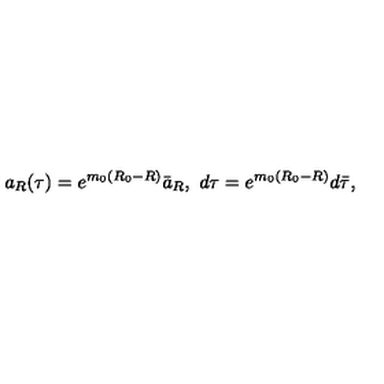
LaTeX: a _ { R } ( \tau ) = e ^ { m _ { 0 } ( R _ { 0 } - R ) } \bar { a } _ { R } , \ d \tau = e ^ { m _ { 0 } ( R _ { 0 } - R ) } d \bar { \tau } ,